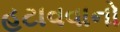
હટાવવાનો